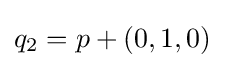
q_{2}=p+(0,1,0)